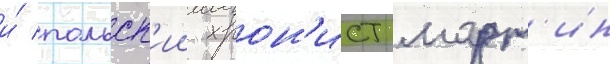
и́ польск'ии хрон'ист март'ин